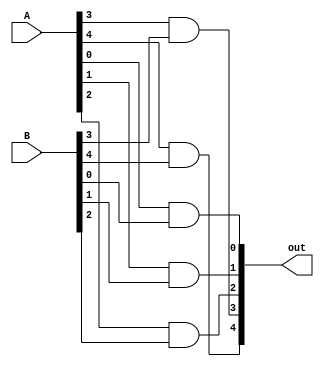
module andFiveBits(out,A,B);//5 bitlik iki sayy and'ler.
input [4:0] A,B;//Input 5 bitlik iki say
output [4:0] out;//Output 5 bitlil say
wire [4:0] A,B,out;

//5 bitin teker teker and'lenmesi
and and0(out[0],A[0],B[0]);
and and1(out[1],A[1],B[1]);
and and2(out[2],A[2],B[2]);
and and3(out[3],A[3],B[3]);
and and4(out[4],A[4],B[4]);

endmodule